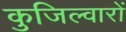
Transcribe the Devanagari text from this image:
कुजिल्वारों